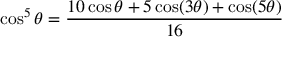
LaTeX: \cos ^ { 5 } \theta = { \frac { 1 0 \cos \theta + 5 \cos ( 3 \theta ) + \cos ( 5 \theta ) } { 1 6 } }